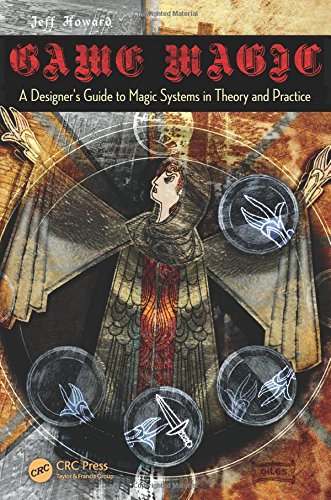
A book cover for Game Magic: A Designer's Guide to Magic Systems in Theory and Practice; Jeff Howard; Humor & Entertainment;